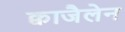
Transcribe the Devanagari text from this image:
क्वाजैलेन